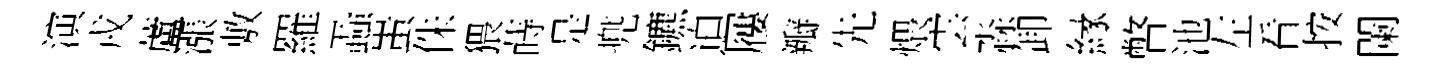
演戎蘆漲敷羅蝨蚩侏猥蒔是兠鑣迫屨瓣先煨雲淼卸縁瞥池左看按闌